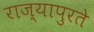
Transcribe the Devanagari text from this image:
राज्यापुरते